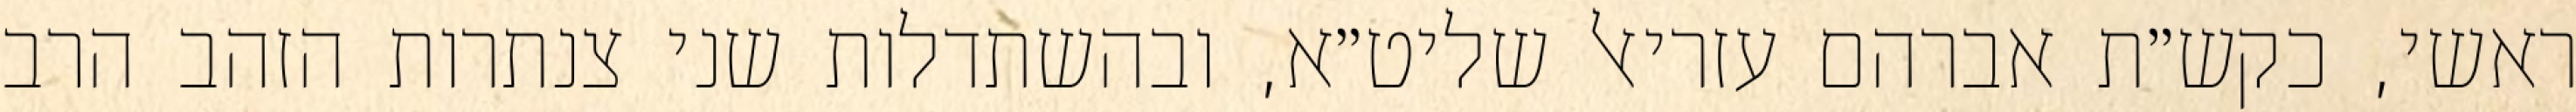
ראשי, כקש״ת אברהם עזריאל שליט״א, ובהשתדלות שני צנתרות הזהב הרב